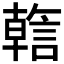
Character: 𬢺